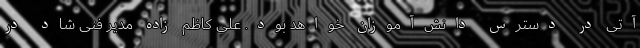
آتی در دسترس دانش‌آموزان خواهد بود. علی کاظم زاده مدیر فنی شاد در